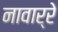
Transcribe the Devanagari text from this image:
नावार्रे